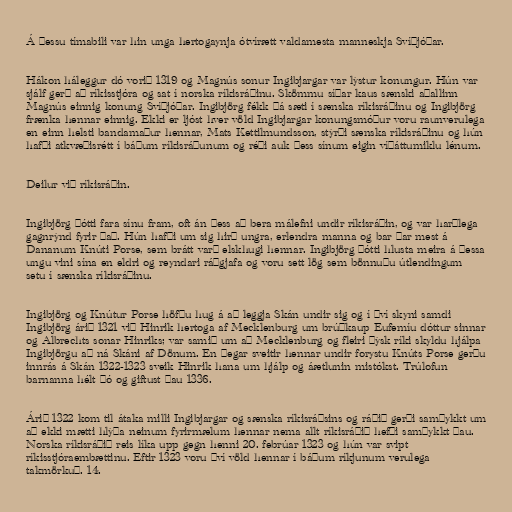
Á þessu tímabili var hin unga hertogaynja ótvírætt valdamesta manneskja Svíþjóðar.

Hákon háleggur dó vorið 1319 og Magnús sonur Ingibjargar var lýstur konungur. Hún var
sjálf gerð að ríkisstjóra og sat í norska ríkisráðinu. Skömmu síðar kaus sænski aðallinn
Magnús einnig konung Svíþjóðar. Ingibjörg fékk þá sæti í sænska ríkisráðinu og Ingibjörg
frænka hennar einnig. Ekki er ljóst hver völd Ingibjargar konungsmóður voru raunverulega
en einn helsti bandamaður hennar, Mats Kettilmundsson, stýrði sænska ríkisráðinu og hún
hafði atkvæðisrétt í báðum ríkisráðunum og réði auk þess sínum eigin víðáttumiklu lénum.

Deilur við ríkisráðin.

Ingibjörg þótti fara sínu fram, oft án þess að bera málefni undir ríkisráðin, og var harðlega
gagnrýnd fyrir það. Hún hafði um sig hirð ungra, erlendra manna og bar þar mest á
Dananum Knúti Porse, sem brátt varð elskhugi hennar. Ingibjörg þótti hlusta meira á þessa
ungu vini sína en eldri og reyndari ráðgjafa og voru sett lög sem bönnuðu útlendingum
setu í sænska ríkisráðinu.

Ingibjörg og Knútur Porse höfðu hug á að leggja Skán undir sig og í því skyni samdi
Ingibjörg árið 1321 við Hinrik hertoga af Mecklenburg um brúðkaup Eufemíu dóttur sinnar
og Albrechts sonar Hinriks; var samið um að Mecklenburg og fleiri þýsk ríki skyldu hjálpa
Ingibjörgu að ná Skáni af Dönum. En þegar sveitir hennar undir forystu Knúts Porse gerðu
innrás á Skán 1322-1323 sveik Hinrik hana um hjálp og áætlunin mistókst. Trúlofun
barnanna hélt þó og giftust þau 1336.

Árið 1322 kom til átaka milli Ingibjargar og sænska ríkisráðsins og ráðið gerði samþykkt um
að ekki mætti hlýða neinum fyrirmælum hennar nema allt ríkisráðið hefði samþykkt þau.
Norska ríkisráðið reis líka upp gegn henni 20. febrúar 1323 og hún var svipt
ríkisstjóraembættinu. Eftir 1323 voru því völd hennar í báðum ríkjunum verulega
takmörkuð. 14.